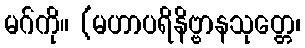
မဂ်ကို။ (မဟာပရိနိဗ္ဗာနသုတ္တေ၊